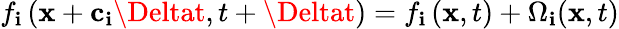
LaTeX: f_{\mathbf{i}}\left(\textbf{{x}}+\textbf{{c}}_{\mathbf{i}}\Deltat,t+\Deltat\right)=f_{\mathbf{i}}\left(\textbf{{x}},t\right)+\Omega_{\mathbf{i}}(\textbf{{x}},t)